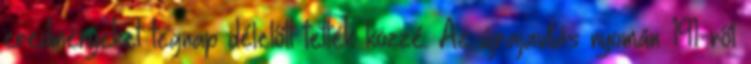
eredményeket tegnap délelőtt tették közzé. Az újrajavítás nyomán 191-ről